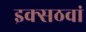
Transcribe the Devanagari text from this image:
इक्सठवां